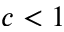
c < 1